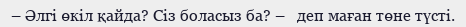
– Әлгі өкіл қайда? Сіз боласыз ба? –   деп маған төне түсті.